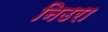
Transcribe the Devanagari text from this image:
निउरा